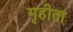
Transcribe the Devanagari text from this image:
गृहीता